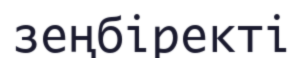
зеңбіректі